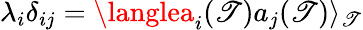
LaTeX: \lambda_{i}\delta_{ij}=\langlea_{i}(\mathscr{T})a_{j}(\mathscr{T})\rangle_{\mathscr{T}}